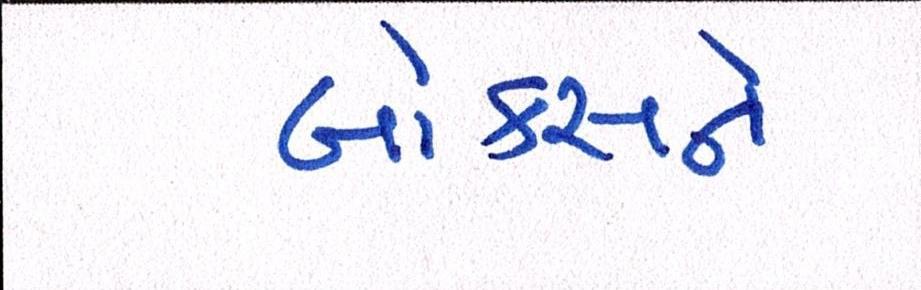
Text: બોક્સને